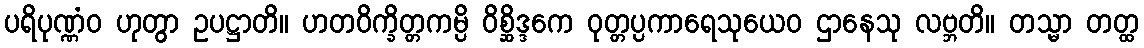
ပရိပုဏ္ဏံဝ ဟုတွာ ဥပဋ္ဌာတိ။ ဟတဝိက္ခိတ္တကမ္ပိ ဝိစ္ဆိဒ္ဒကေ ဝုတ္တပ္ပကာရေသုယေဝ ဌာနေသု လဗ္ဘတိ။ တသ္မာ တတ္ထ